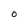
Character: 0